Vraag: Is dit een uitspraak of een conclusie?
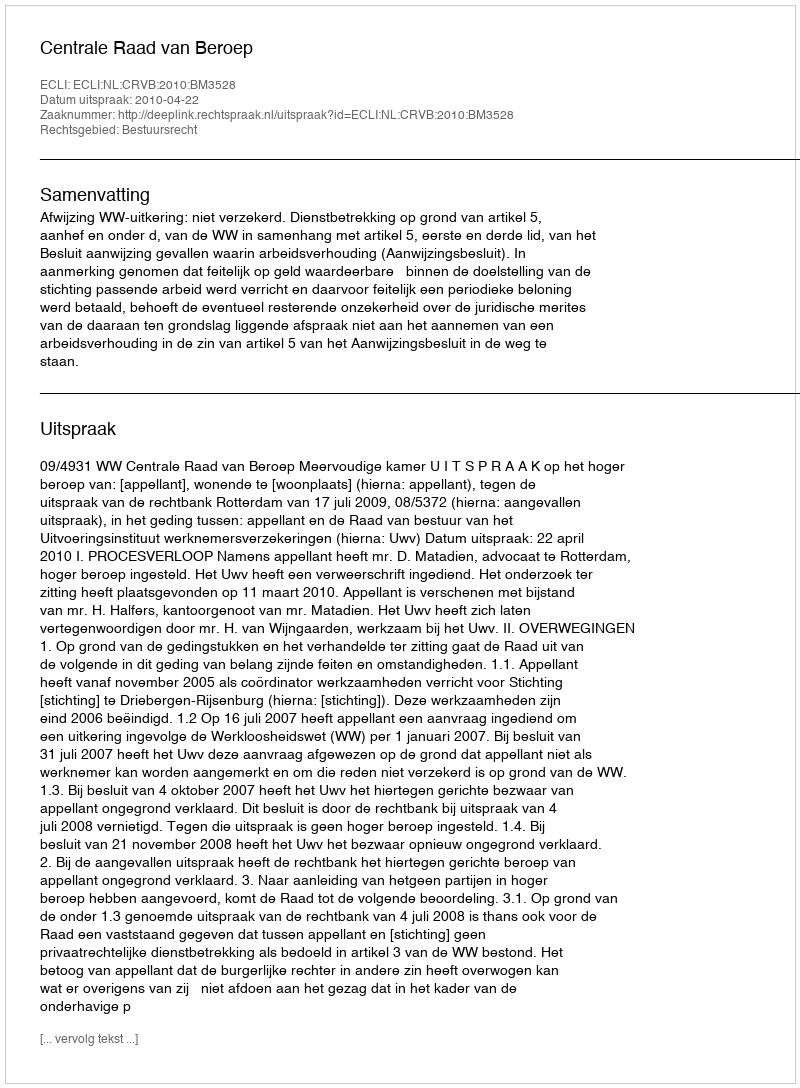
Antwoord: Uitspraak